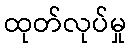
ထုတ်လုပ်မှု